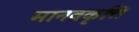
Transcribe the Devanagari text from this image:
मानवकृत्ति